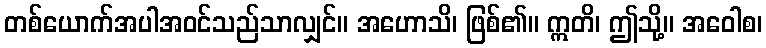
တစ်ယောက်အပါအဝင်သည်သာလျှင်။ အဟောသိ၊ ဖြစ်၏။ ဣတိ၊ ဤသို့။ အဝေါစ၊